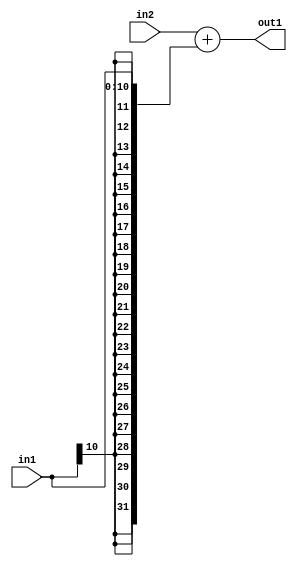
`timescale 1ps / 1ps
/*****************************************************************************
    Verilog RTL Description
    
    
    Created by: Stratus DpOpt 2019.1.01 
*******************************************************************************/

module GaussFilter_Add_32Sx11S_32S_4 (
	in2,
	in1,
	out1
	); /* architecture "behavioural" */ 
input [31:0] in2;
input [10:0] in1;
output [31:0] out1;
wire [31:0] asc001;

assign asc001 = 
	+(in2)
	+({{21{in1[10]}}, in1});

assign out1 = asc001;
endmodule

/* CADENCE  ubP0Qg0= : u9/ySgnWtBlWxVPRXgAZ4Og= ** DO NOT EDIT THIS LINE ******/